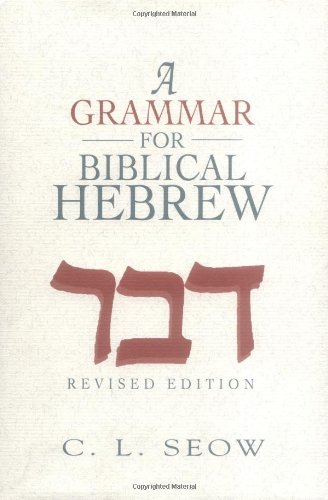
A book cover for A Grammar for Biblical Hebrew (Revised Edition); C. L. Seow; Christian Books & Bibles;